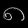
Digit: ၈